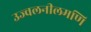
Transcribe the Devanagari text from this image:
उज्वलनीलमणि